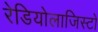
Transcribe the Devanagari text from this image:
रेडियोलाजिस्टों